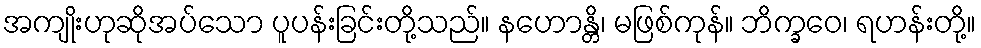
အကျိုးဟုဆိုအပ်သော ပူပန်းခြင်းတို့သည်။ နဟောန္တိ၊ မဖြစ်ကုန်။ ဘိက္ခဝေ၊ ရဟန်းတို့။